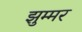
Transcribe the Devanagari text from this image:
झुम्मर